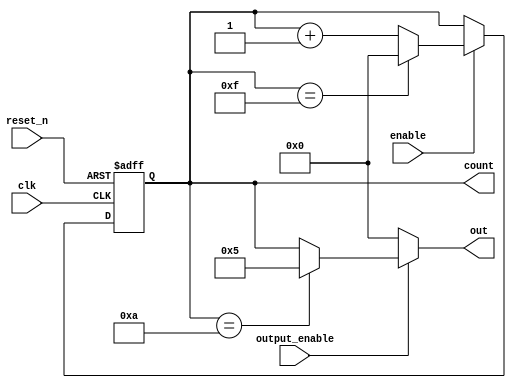
module synchronous_counter (
    input wire clk,          // Clock input
    input wire reset_n,     // Active low asynchronous reset
    input wire enable,       // Enable signal for counting
    input wire output_enable, // Control signal to enable output
    output reg [3:0] count,  // 4-bit counter output
    output reg [3:0] out     // Output controlled by output_enable
);

// Define the maximum count value
parameter MAX_COUNT = 4'd15;

// Always block for counter operation
always @(posedge clk or negedge reset_n) begin
    if (~reset_n) begin
        count <= 4'b0000; // Reset counter to 0
    end else if (enable) begin
        if (count == MAX_COUNT) begin
            count <= 4'b0000; // Wrap around to 0
        end else begin
            count <= count + 1; // Increment counter
        end
    end
end

// Always block for output control logic
always @(*) begin
    if (output_enable) begin
        // Conditional output logic can be added here
        // Example: output specific value if count is 10
        if (count == 4'd10) begin
            out = 4'd5; // Output a specific value when count is 10
        end else begin
            out = count; // Else output the current count
        end
    end else begin
        out = 4'b0000; // If output_enable is low, output is 0
    end
end

endmodule